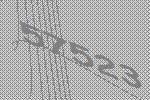
57523